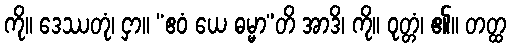
ကို။ ဒေဿတုံ၊ ငှာ။ “ဧဝံ ယေ ဓမ္မာ”တိ အာဒိ၊ ကို။ ဝုတ္တံ၊ ၏။ တတ္ထ